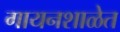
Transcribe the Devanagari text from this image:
गायनशाळेत